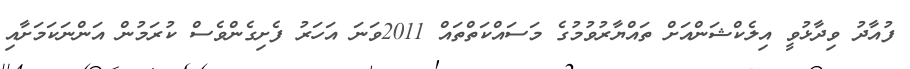
ފުއާދު ވިދާޅުވީ އިލެކްޝަންއަށް ތައްޔާރުވުމުގެ މަސައްކަތްތައް 2011ވަނަ އަހަރު ފެށިގެންވެސް ކުރަމުން އަންނަކަމަށާއި